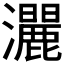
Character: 𱪔